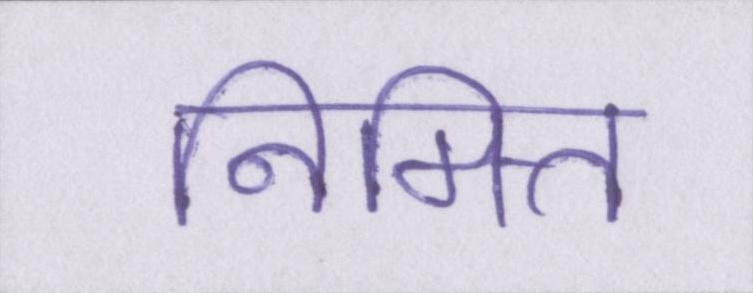
निमित्त